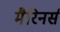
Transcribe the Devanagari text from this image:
मैरिनर्स